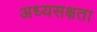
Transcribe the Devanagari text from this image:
अध्यसक्षता